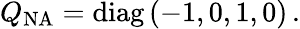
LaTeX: Q_{\mathrm{NA}}=\mathrm{diag}\, (-1,0,1,0)\, .